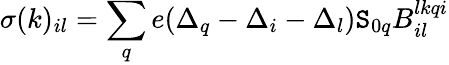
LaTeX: \sigma(k)_{il}=\sum_{q}e(\Delta_{q}-\Delta_{i}-\Delta_{l})\mathtt{S}_{0q}B_{il}^{lkqi}